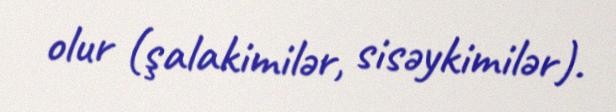
olur (şalakimilər, sisəykimilər).